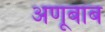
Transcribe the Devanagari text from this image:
अणूबांब